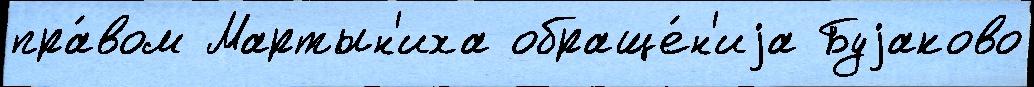
пра́вом Мартын'иха обраще́н'иjа Буjаково